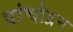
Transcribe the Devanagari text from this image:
पांचोव्रन